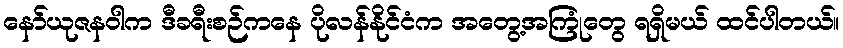
နော်ယုဇနဝါက ဒီခရီးစဉ်ကနေ ပိုလန်နိုင်ငံက အတွေ့အကြုံတွေ ရရှိမယ် ထင်ပါတယ်။